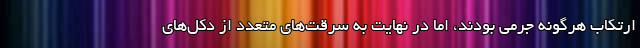
ارتکاب هرگونه جرمی بودند، اما در نهایت به سرقت‌های متعدد از دکل‌های